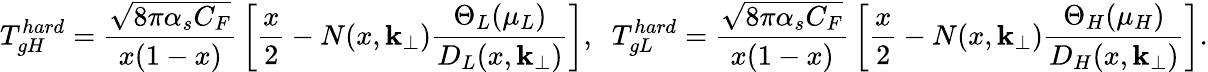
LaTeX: T_{gH}^{hard}={\frac{\sqrt{8\pi\alpha_{s}C_{F}}}{x(1-x)}}\left[{\frac{x}{2}}-N(x,{\mathbf k}_{\perp}){\frac{\Theta_{L}(\mu_{L})}{D_{L}(x,{\mathbf k}_{\perp})}}\right],\; \; T_{gL}^{hard}={\frac{\sqrt{8\pi\alpha_{s}C_{F}}}{x(1-x)}}\left[{\frac{x}{2}}-N(x,{\mathbf k}_{\perp}){\frac{\Theta_{H}(\mu_{H})}{D_{H}(x,{\mathbf k}_{\perp})}}\right].